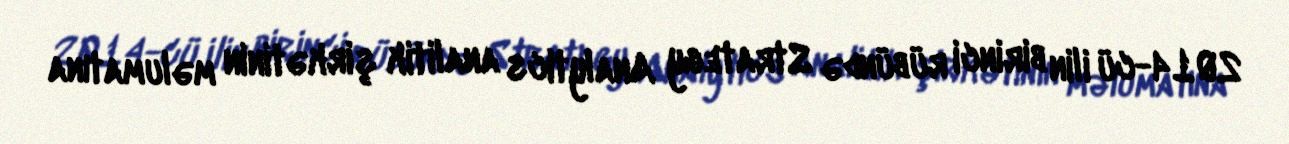
2014-cü ilin birinci rübündə Strategy Analytics analitik şirkətinin məlumatına